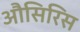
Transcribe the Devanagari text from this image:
औसिरिस